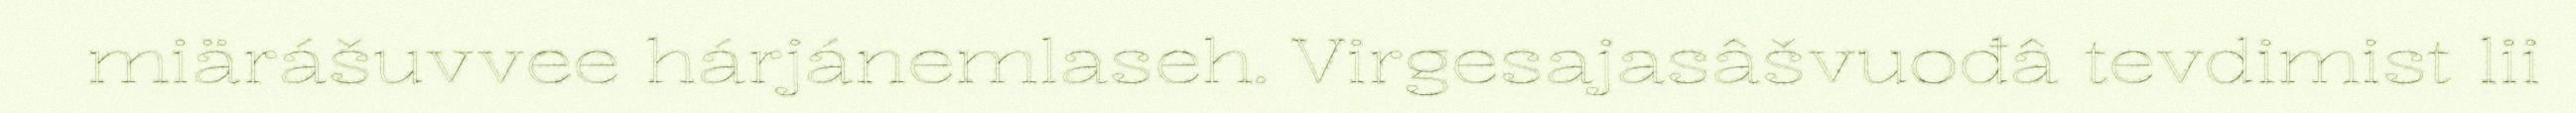
miärášuvvee hárjánemlaseh. Virgesajasâšvuođâ tevdimist lii